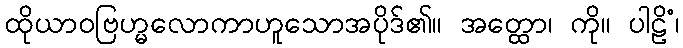
ထိုယာဝဗြဟ္မလောကာဟူသောအပိုဒ်၏။ အတ္ထော၊ ကို။ ပါဠိံ၊